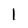
Character: 1